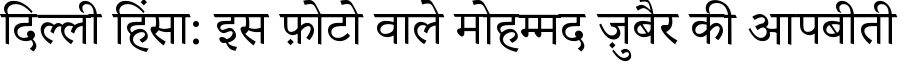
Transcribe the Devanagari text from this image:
दिल्ली हिंसा: इस फ़ोटो वाले मोहम्मद ज़ुबैर की आपबीती